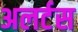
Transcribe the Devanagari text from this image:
अलर्टस